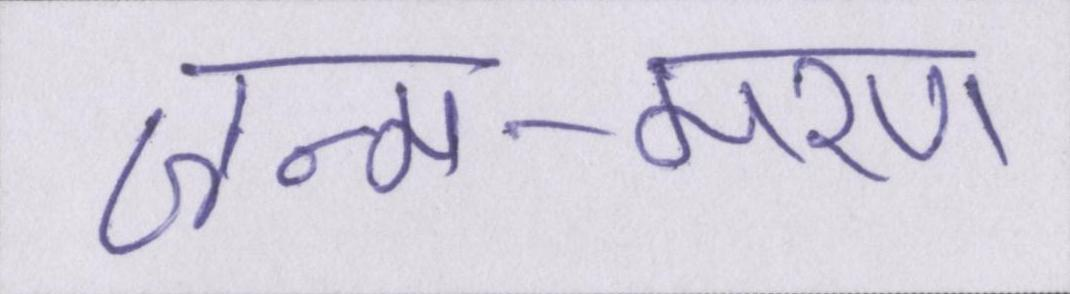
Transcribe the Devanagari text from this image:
जन्म-मरण